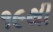
૧૯થી